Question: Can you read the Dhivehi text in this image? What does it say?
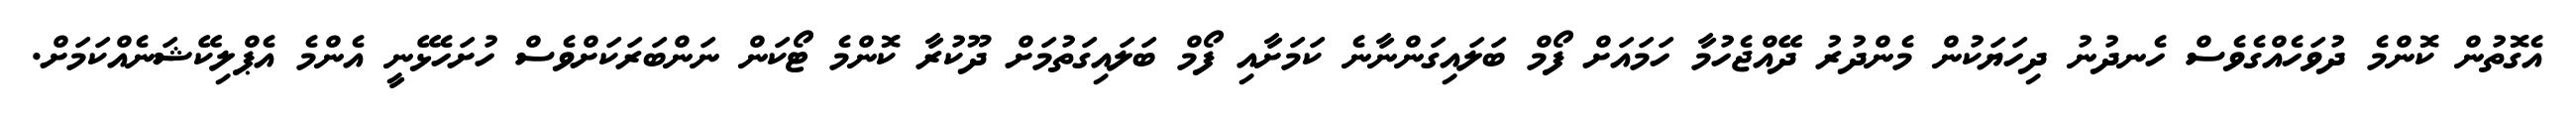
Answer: އެގޮތުން ކޮންމެ ދުވަހެއްގެވެސް ހެނދުނު ދިހަޔަކުން މެންދުރު ދޭއްޖެހުމާ ހަމައަށް ފޯމް ބަލައިގަންނާނެ ކަމަށާއި ފޯމް ބަލައިގަތުމަށް ދޫކުރާ ކޮންމެ ޓޯކަން ނަންބަރަކަށްވެސް ހުށަހެޅޭނީ އެންމެ އެޕްލިކޭޝަނެއްކަމަށް.